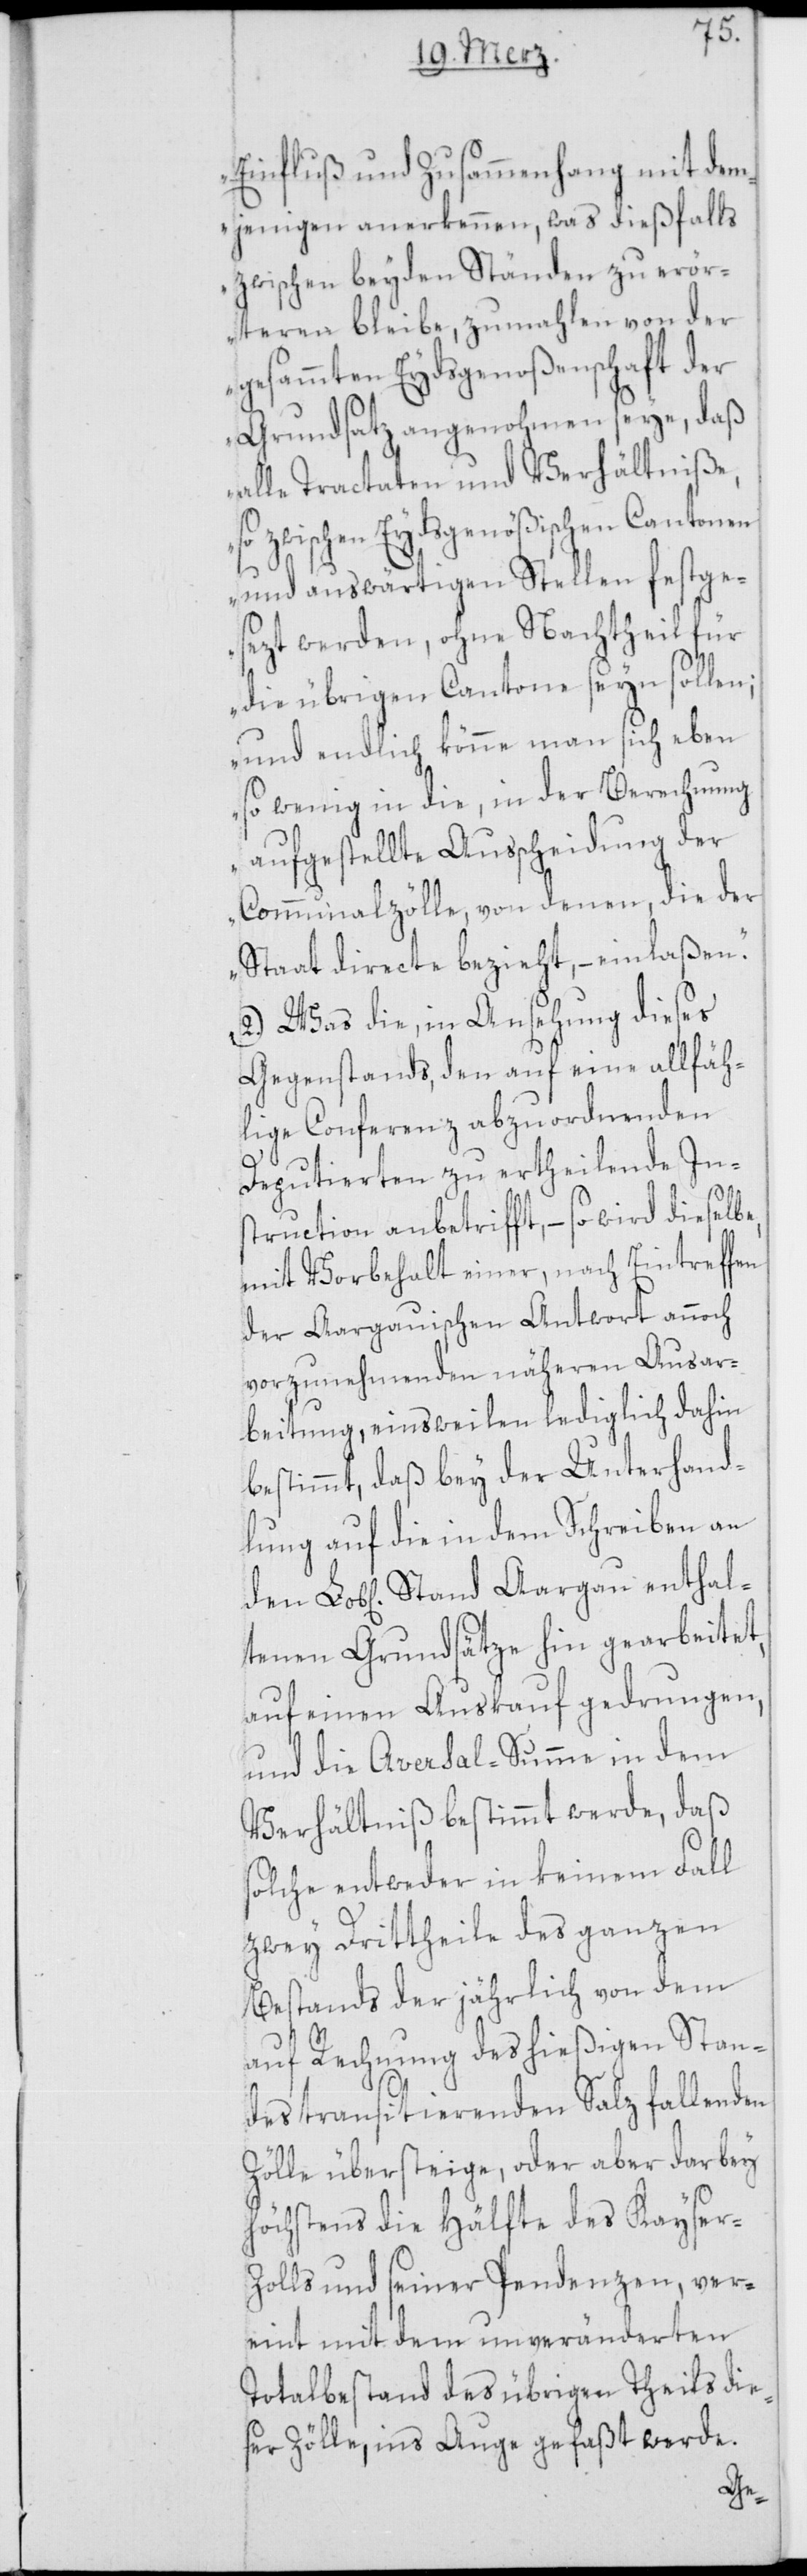
Einfluß und Zusammenhang mit dem¬
jenigen anerkennen, was dießfalls
zwischen beyden Ständen zu erör¬
teren bleibe, zumahlen von der
gesamten Eydsgenoßenschaft der
Grundsatz angenohmen seye, daß
alle Tractaten und Verhältniße,
so zwischen Eydsgenößischen Cantonen
und auswärtigen Stellen festge¬
sezt werden, ohne Nachtheil für
die übrigen Cantone seyn sollen;
und endlich könne man sich eben
so wenig in die, in der Berechnung
aufgestellte Ausscheidung der
Communalzölle, von denen, die der
Staat directe bezieht, – einlaßen.“
2.) Was die, in Ansehung dieses
Gegenstands, den auf eine allfäh¬
lige Conferenz abzuordnenden
Deputierten zu ertheilende Ins¬
truction anbetrifft, – so wird dieselbe,
mit Vorbehalt einer, nach Eintreffen
der Aargauischen Antwort annoch
vorzunehmenden näheren Ausar¬
beitung, einsweilen lediglich dahin
bestimmt, daß bey der Unterhand¬
lung auf die in dem Schreiben an
chen] Stand Aargau enthal¬
tenen Grundsätze hin gearbeitet,
auf einen Auskauf gedrungen,
und die Aversal-Summe in dem
Verhältniß bestimmt werde, daß
solche entweder in keinem Fall
zwey Drittheile des ganzen
Bestands der jährlich von dem
auf Rechnung des hießigen Stan¬
des transitierenden Salz fallenden
Zölle übersteige, oder aber darbey
höchstens die Hälfte des Kayser-Z¬
olls und seiner Pendenzen, ver¬
eint mit dem unveränderten
Totalbestand des übrigen Theils die¬
ser Zölle, ins Auge gefaßt werde.
b[li¬